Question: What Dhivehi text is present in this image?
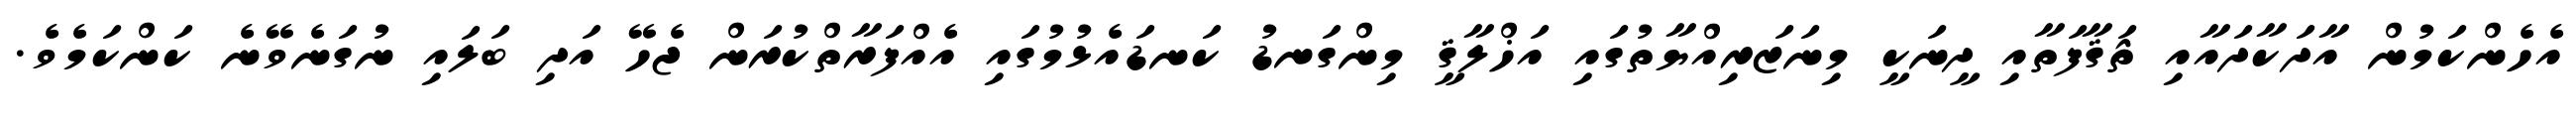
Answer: އެހެންކަމުން އާދަކާދައާއި ޘަޤާފަތާއި ދީނަކީ މިނަޒަރިއްޔާތުގައި އަޚްލާޤީ މިންގަނޑު ކަނޑައެޅުމުގައި އެއްފަރާތްކުރަން ޖެހޭ އަދި ބަލައި ނުގަނެވޭނެ ކަންކަމެވެ.